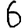
Digit: 6